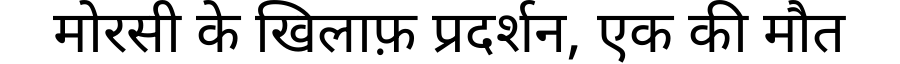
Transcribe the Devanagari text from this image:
मोरसी के खिलाफ़ प्रदर्शन, एक की मौत